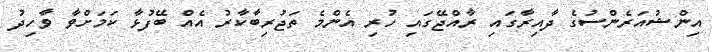
އިންޝުއަރެންސުގެ ދާއިރާގައި ރާއްޖޭގައި ހުރި އެންމެ ތަޖުރިބާކާރު އެއް ބޭފުޅާ ކަަމަށްވާ ވާހިދު